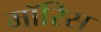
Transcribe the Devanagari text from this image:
माॅरिस